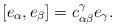
LaTeX: \begin{align*}[e_\alpha, e_\beta] = c^\gamma_{\alpha \beta} e_\gamma.\end{align*}